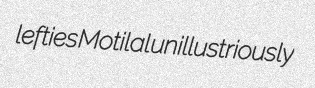
lefties Motilal unillustriously